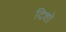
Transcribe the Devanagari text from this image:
दिशो